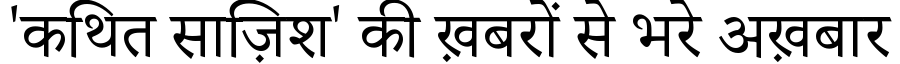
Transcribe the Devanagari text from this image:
'कथित साज़िश' की ख़बरों से भरे अख़बार